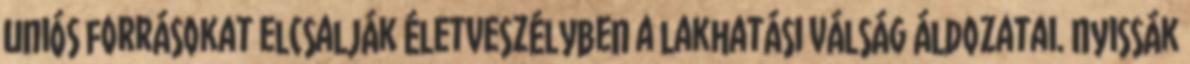
uniós forrásokat elcsalják Életveszélyben a lakhatási válság áldozatai. Nyissák